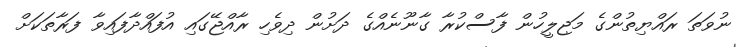
ނުވަތަ ރައްޔިތުންގެ މަޖިލީހުން ފާސްކުރާ ގާނޫނެއްގެ ދަށުން ދިވެހި ރާއްޖޭގައި އުފައްދާފައިވާ ފަރާތަކަށް